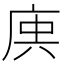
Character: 𢈮